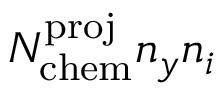
N _ { \mathrm { c h e m } } ^ { \mathrm { p r o j } } n _ { y } n _ { i }